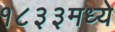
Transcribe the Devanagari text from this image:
१८३३मध्ये